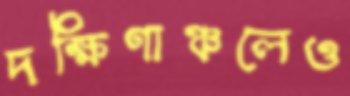
দক্ষিণাঞ্চলেও